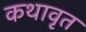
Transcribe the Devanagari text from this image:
कथावृत